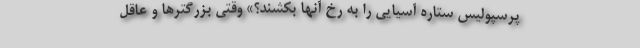
پرسپولیس ستاره آسیایی را به رخ آنها بکشند؟» وقتی بزرگترها و عاقل‌